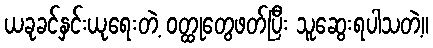
ယခုခင်နှင်းယုရေးတဲ့ ဝတ္ထုတွေဖတ်ပြီး သူဆွေးရပါသတဲ့။